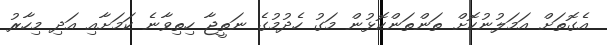
އެގޮތަށް އަމަލުނުކޮށް ތަންތަންކޮޅުން މަގު ހެދުމުގެ ނަތީޖާ ހިތިވާނެ ކަމަށާއި އަދި މިހާރު